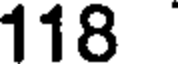
118